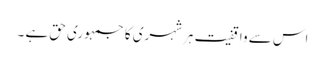
اس سے واقفیت ہرشہری کا جمہوری حق ہے ۔